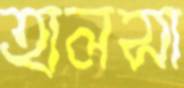
হালসা